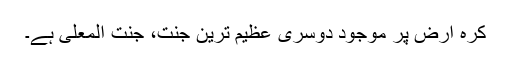
کرہ ارض پر موجود دوسری عظیم ترین جنت، جنت المعلیٰ ہے۔